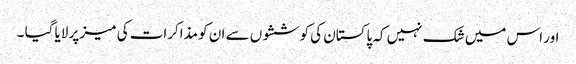
اور اس میں شک نہیں کہ پاکستان کی کوششوں سے ان کو مذاکرات کی میز پر لایا گیا ۔